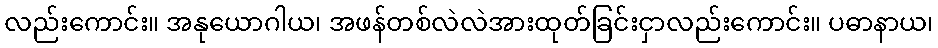
လည်းကောင်း။ အနုယောဂါယ၊ အဖန်တစ်လဲလဲအားထုတ်ခြင်းငှာလည်းကောင်း။ ပဓာနာယ၊